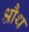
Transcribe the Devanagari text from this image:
श्रौथ